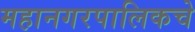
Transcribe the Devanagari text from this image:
महानगरपालिकचे